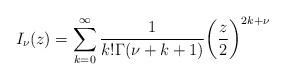
LaTeX: \begin{align*}I_\nu(z)= \sum_{k=0}^\infty\frac1{k!\Gamma(\nu+k+1)}\biggl(\frac{z}2\biggr)^{2k+\nu}\end{align*}